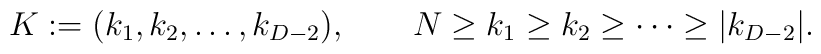
K:=(k_1,k_2,\ldots,k_{D-2}),\qquad N\geq k_1 \geq k_2 \geq \cdots \geq|k_{D-2}|.